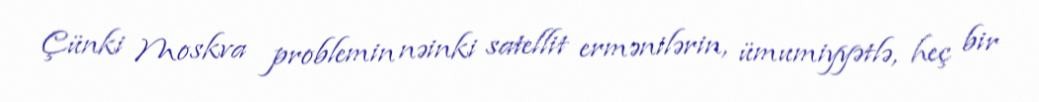
Çünki Moskva problemin nəinki satellit ermənilərin, ümumiyyətlə, heç bir